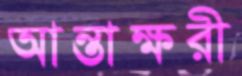
আন্তাক্ষরী